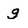
Character: g